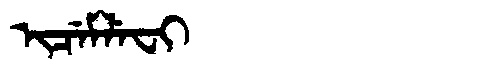
Manchu: ᡳᠴᡝᠮᠯᡝᠸᡳ
Romanization: ICEMLEFI